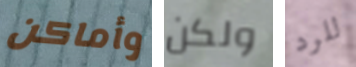
وأماكن ولكن للرد